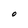
Character: O